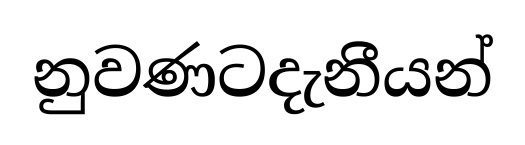
නුවණටදැනීයන්